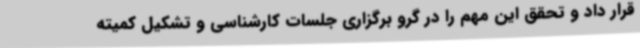
قرار داد و تحقق این مهم را در گرو برگزاری جلسات کارشناسی و تشکیل کمیته